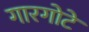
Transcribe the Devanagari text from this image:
गारगोटे